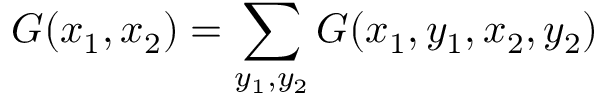
G ( x _ { 1 } , x _ { 2 } ) = \sum _ { y _ { 1 } , y _ { 2 } } G ( x _ { 1 } , y _ { 1 } , x _ { 2 } , y _ { 2 } )